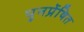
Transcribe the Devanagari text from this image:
पुनर्प्रेषित